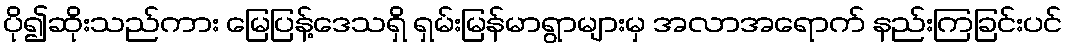
ပို၍ဆိုးသည်ကား မြေပြန့်ဒေသရှိ ရှမ်းမြန်မာရွာများမှ အလာအရောက် နည်းကြခြင်းပင်